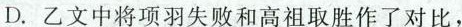
D.乙文中将项羽失败和高祖取胜作了对比，